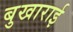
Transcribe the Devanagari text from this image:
बुखाराई